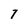
Character: 7